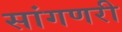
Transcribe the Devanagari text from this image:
सांगणरी